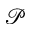
\mathcal P